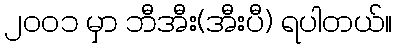
၂၀၀၁ မှာ ဘီအီး(အီးပီ) ရပါတယ်။